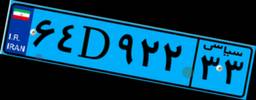
۶۴D۹۲۲۳۳